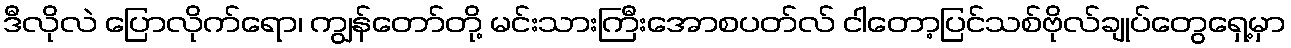
ဒီလိုလဲ ပြောလိုက်ရော၊ ကျွန်တော်တို့ မင်းသားကြီးအောစပတ်လ် ငါတော့ပြင်သစ်ဗိုလ်ချုပ်တွေရှေ့မှာ